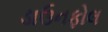
ડાઉનફોલ